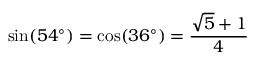
\sin ( 5 4 ^ { \circ } ) = \cos ( 3 6 ^ { \circ } ) = { \frac { { \sqrt { 5 } } + 1 } { 4 } }